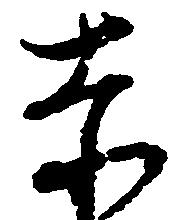
赤